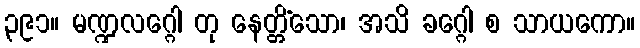
၃၉၁။ မဏ္ဍလဂ္ဂေါ တု နေတ္တိံသော၊ အသိ ခဂ္ဂေါ စ သာယကော။